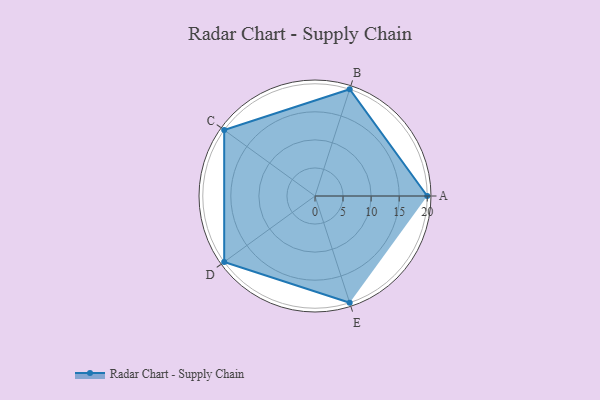
{"axis": {"x": "Skill", "y": "Score"}, "legend": ["Profile"], "data": [{"x": "A", "y": 20, "type": "Profile"}, {"x": "B", "y": 20, "type": "Profile"}, {"x": "C", "y": 20, "type": "Profile"}, {"x": "D", "y": 20, "type": "Profile"}, {"x": "E", "y": 20, "type": "Profile"}]}